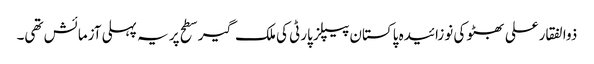
ذوالفقارعلی بھٹو کی نوزائیدہ پاکستان پیپلز پارٹی کی ملک گیر سطح پر یہ پہلی آزمائش تھی۔